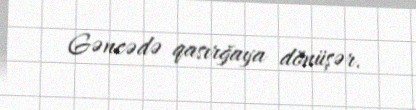
Gəncədə qasırğaya dönüşər.